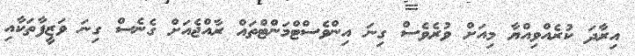
އިރާދަ ކުރެއްވިއްޔާ މިއަށް ވުރެވެސް ގިނަ އިންވެސްޓްމަންޓްތައް ރާއްޖެއަށް ގެނެސް ގިނަ ވަޒީފާތަކާއި